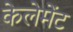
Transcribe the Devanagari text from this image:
केलेमेंट